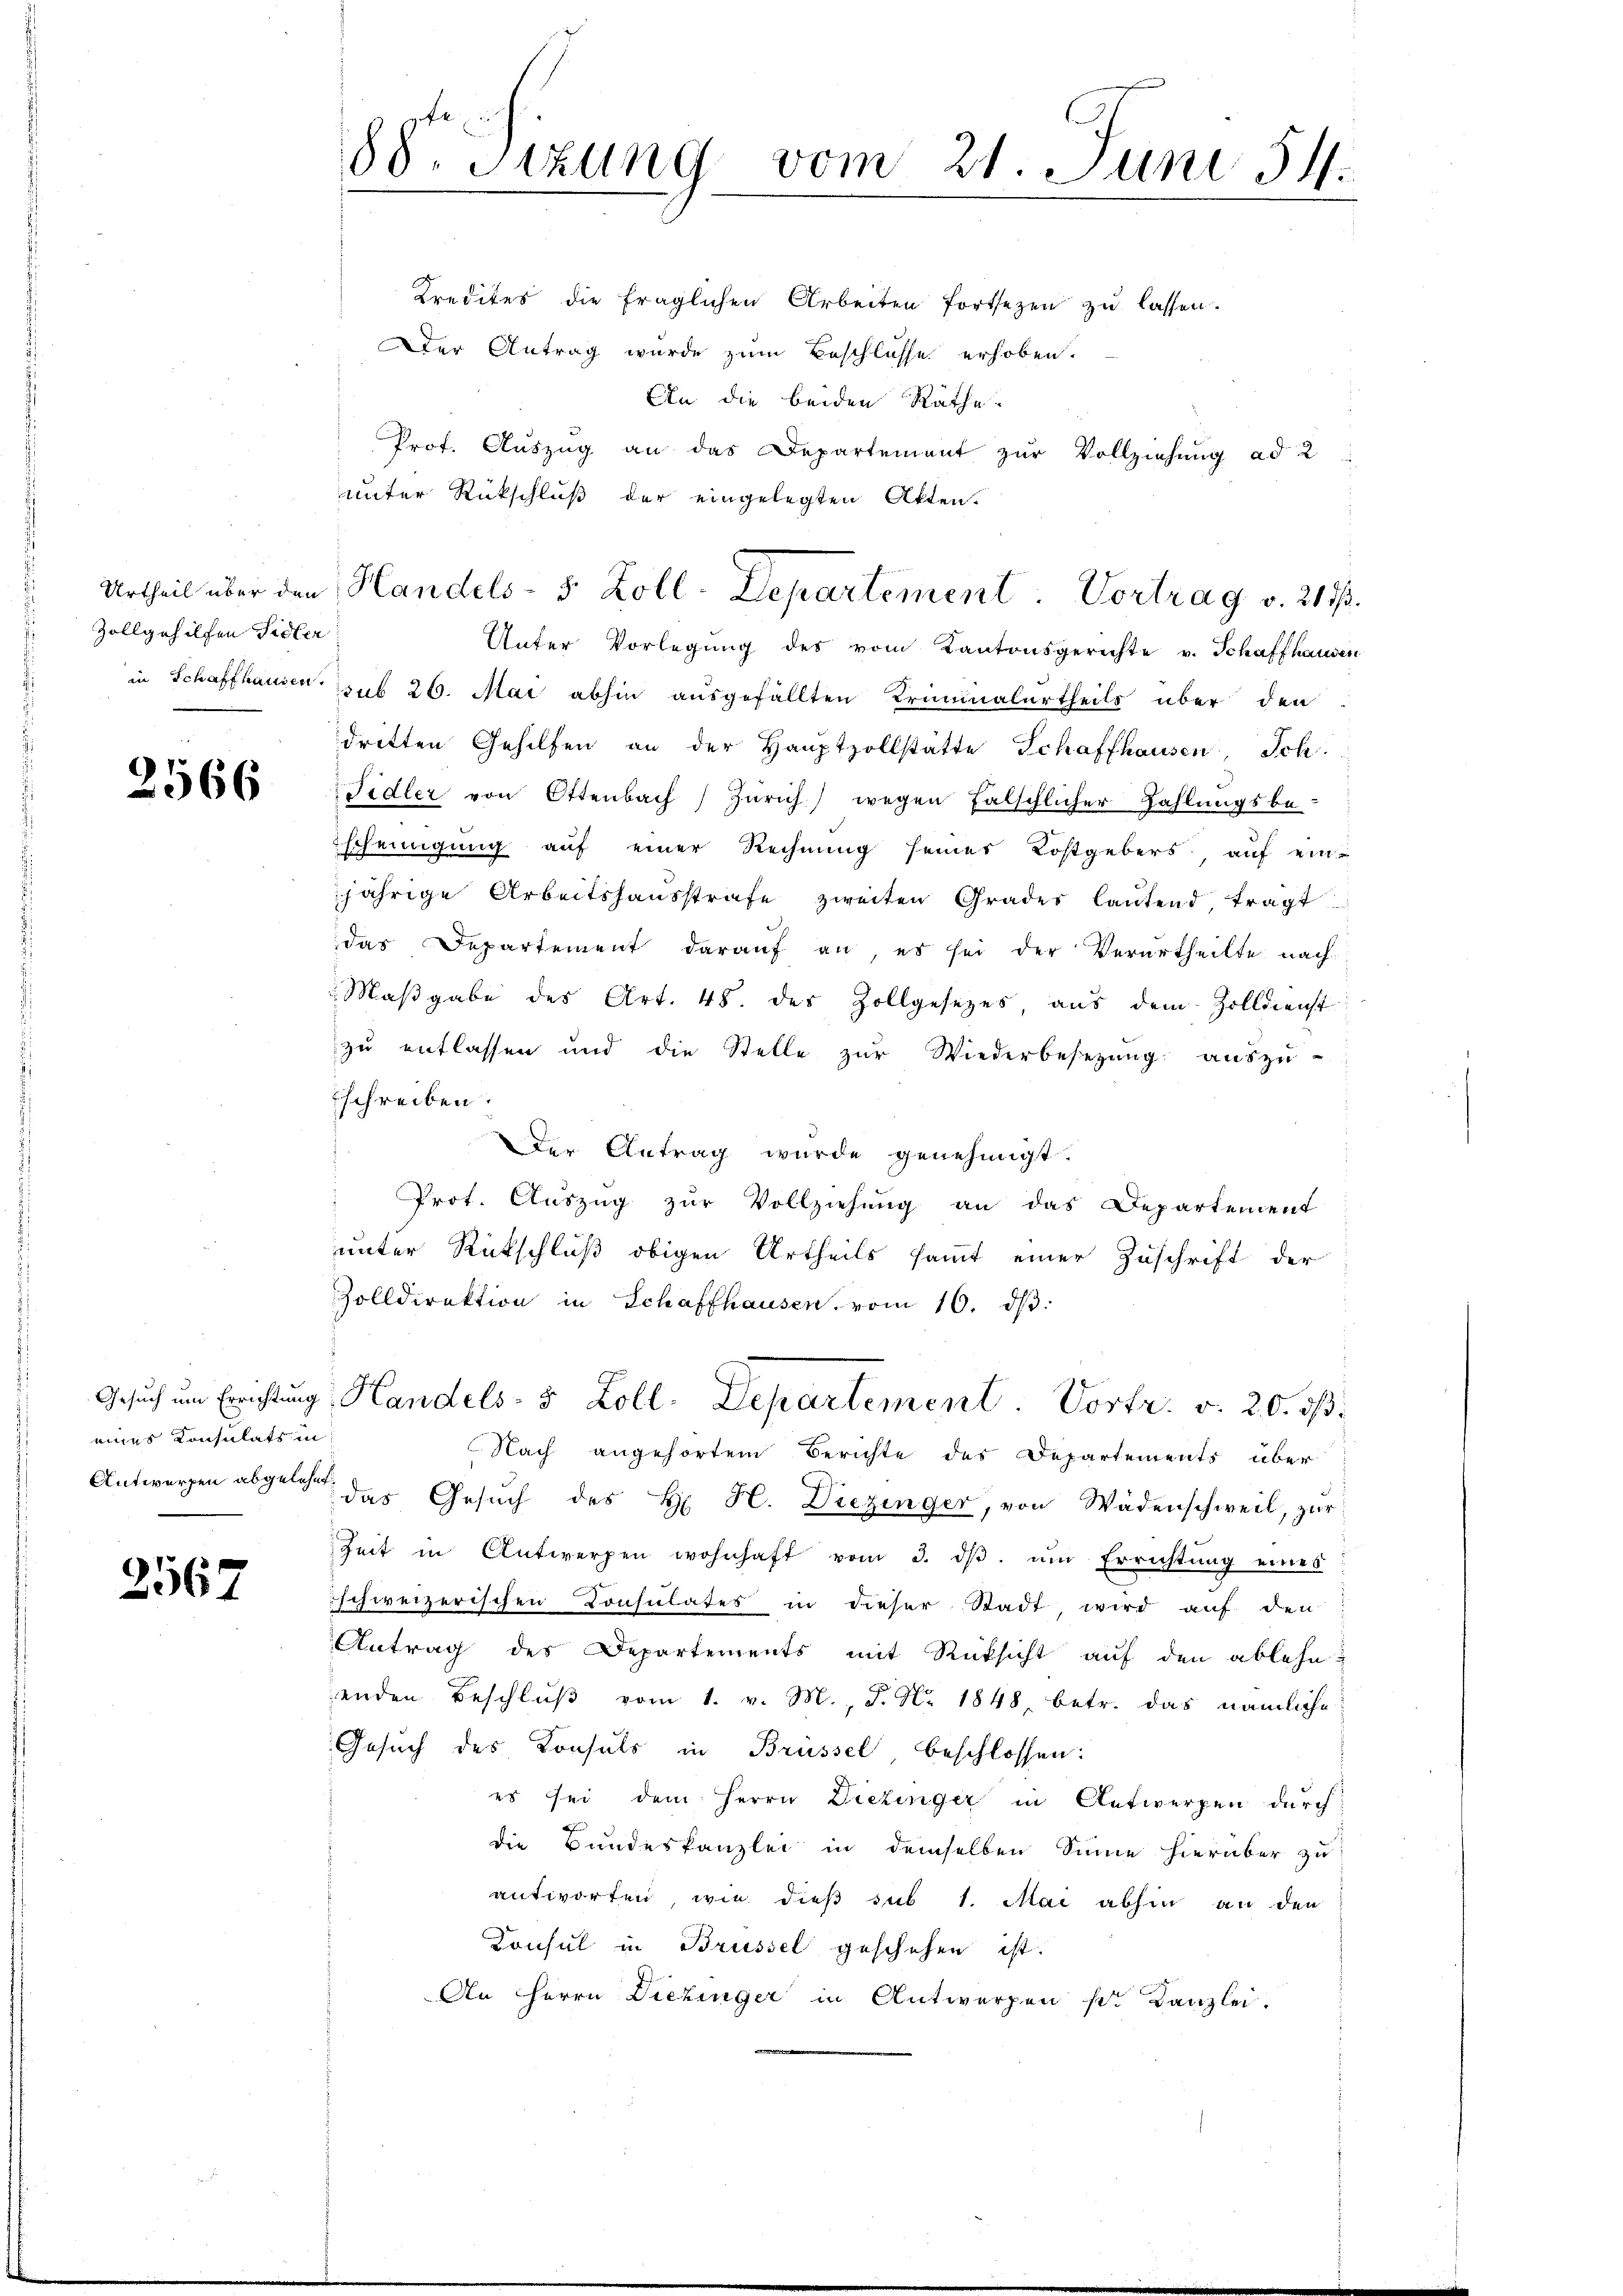
Zollgehilfen Sidler

2566

eines Konsulats in

2567

88 Sizung vom 21. Juni 54.

Kredites die fraglichen Arbeiten fortsezen zu lassen.
Der Antrag wurde zum Beschlosse erhoben.
An die beiden Räthe
Prof. Auszug an das Departement zur Vollziehung ad 2
unter Rückschluß der eingelegten Akten.
Unter Vorlegŭng des vom Kantonsgerichte v. Schaffhausen
in Schaffhausen sub 26. Mai abhin ausgefällten Kriminalurtheils über den
dritten Gehilfen an der Haŭptzollstätte Schaffhausen, Sch.
Fidler von Ottenbach Zürich) wegen falschlicher Zahlungsbe-
scheinigung auf einer Rechnung seines Kostgebers, auf ein-
jährige Arbeitshausstrafe zweiten Grader lautend, tragt
das Departement darauf an, es sei der Verurtheilte nach
Maβgabe des Art. 48. des Zollgesetzes, aus dem Zolldienst
zu entlassen und die Stelle zŭr Wiederbesetzŭng aŭszŭ-
schreiben.
Der Antrag wurde genehmigt.
Prot. Aŭszŭg zŭr Vollziehung an das Departement
unter Rückschluß obigen Urtheils sammt einer Zuschrift der
Zolldirektion in Schaffhausen, vom 16. dβ:
Gesuch um Errichtung, Handels- 5 Zoll. Departement Vortr. v. 20. ds.
Nach angehörtem Berichte des Departements über
Antworfen abgelege das Gesŭch des H. H. Diezinger, von Wädenschweil, zur
Zeit in Antwerpen wohnhaft vom 3. dβ. ŭm Errichtŭng eines
schweizerischen Consulates in dieser Stadt, wird auf den
Antrag des Departements mit Rüksicht auf den ablehn
enden Beschlŭβ vom 1. v. M., S. Nr. 1848 betr. das nämliche
Gesuch des Konsuls in Brüssel beschlossen:
es sei dem Herrn Diezinger in Antwerfen durch
die Bundeskanzlei in demselben Sinne hierüber zu
antworten, wie dieß sub 1. Mai abhin an den
Consul in Brüssel geschehen ist.
An Herrn Diezinger in Antworfen pr. Kanzlei.

Urtheil über den Handels- 5 Zoll-Departement Vortrag v. 2173.